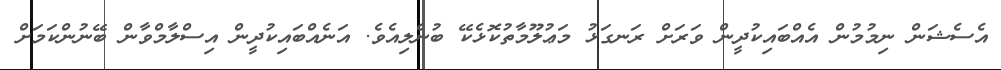
އެސެޝަން ނިމުމުން އެއްބައިކުދީން ވަރަށް ރަނގަޅު މަޢުލޫމާތުކޮޅެކޭ ބުނެލިއެވެ. އަނެއްބައިކުދީން އިސްލާމްވާން ބޭނުންކަމަށް